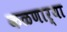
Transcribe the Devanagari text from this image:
कळणार्‍या